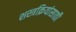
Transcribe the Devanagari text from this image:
शस्त्रक्रियांसाठी